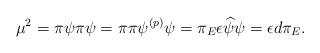
LaTeX: \begin{align*} \mu^2=\pi\psi\pi\psi = \pi\pi\psi^{(p)}\psi = \pi_E\epsilon \widehat{\psi}\psi = \epsilon d\pi_E. \end{align*}